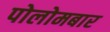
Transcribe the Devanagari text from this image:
पोलोमबार